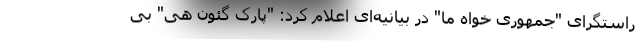
راستگرای "جمهوری خواه ما" در بیانیه‌ای اعلام کرد: "پارک گئون هی" بی